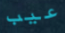
عيب